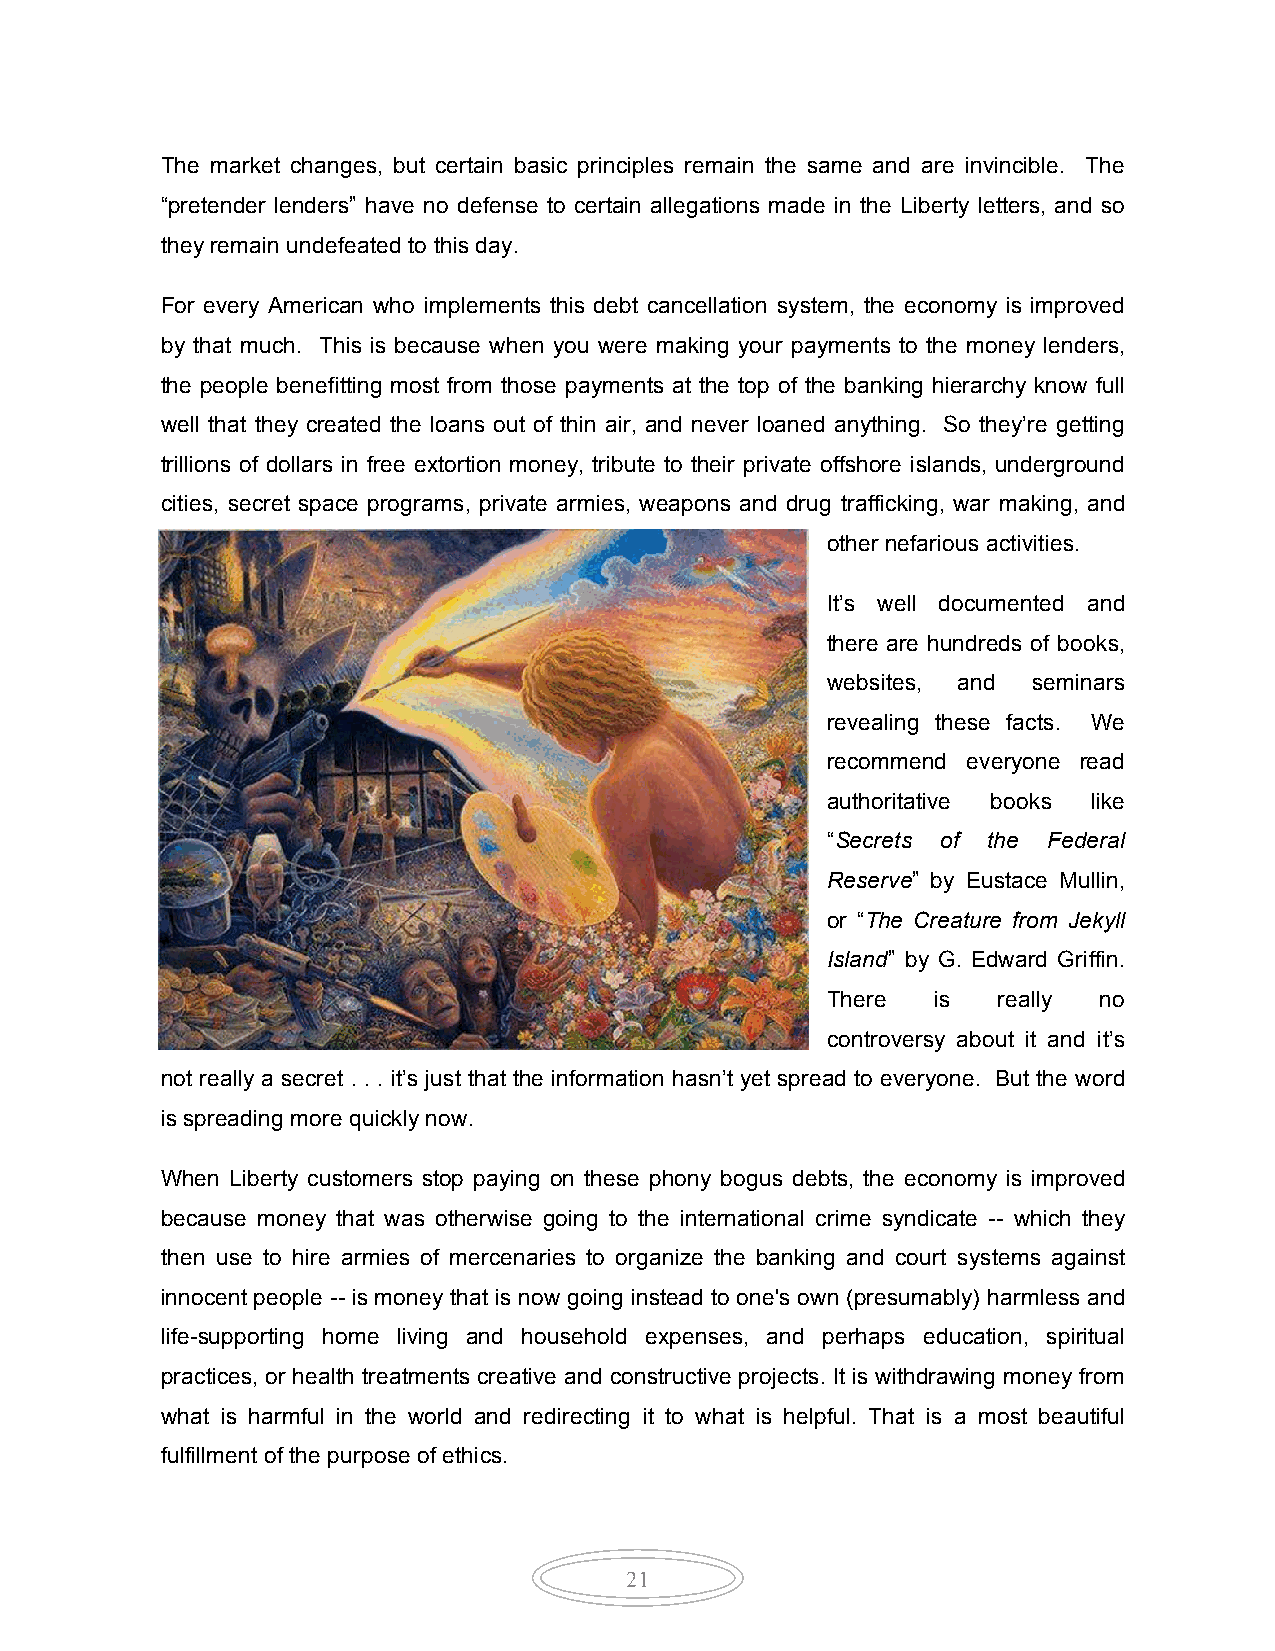
The market changes, but certain basic principles remain the same and are invincible. The
 “pretender lenders” have no defense to certain allegations made in the Liberty letters, and so
 they remain undefeated to this day.
 For every American who implements this debt cancellation system, the economy is improved
 by that much. This is because when you were making your payments to the money lenders,
 the people benefitting most from those payments at the top of the banking hierarchy know full
 well that they created the loans out of thin air, and never loaned anything. So they’re getting
 trillions of dollars in free extortion money, tribute to their private offshore islands, underground
 cities, secret space programs, private armies, weapons and drug trafficking, war making, and
 other nefarious activities.
 It’s well documented and
 there are hundreds of books,
 websites, and seminars
 revealing these facts. We
 recommend everyone read
 authoritative books like
 “Secrets of the Federal
 Reserve” by Eustace Mullin,
 or “The Creature from Jekyll
 Island” by G. Edward Griffin.
 There  is  really no
 controversy about it and it’s
 not really a secret . . . it’s just that the information hasn’t yet spread to everyone. But the word
 is spreading more quickly now.
 When Liberty customers stop paying on these phony bogus debts, the economy is improved
 because money that was otherwise going to the international crime syndicate -- which they
 then use to hire armies of mercenaries to organize the banking and court systems against
 innocent people -- is money that is now going instead to one's own (presumably) harmless and
 life-supporting home living and household expenses, and perhaps education, spiritual
 practices, or health treatments creative and constructive projects. It is withdrawing money from
 what is harmful in the world and redirecting it to what is helpful. That is a most beautiful
 fulfillment of the purpose of ethics.
 21